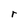
Character: r